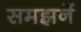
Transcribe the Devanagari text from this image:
समझनें